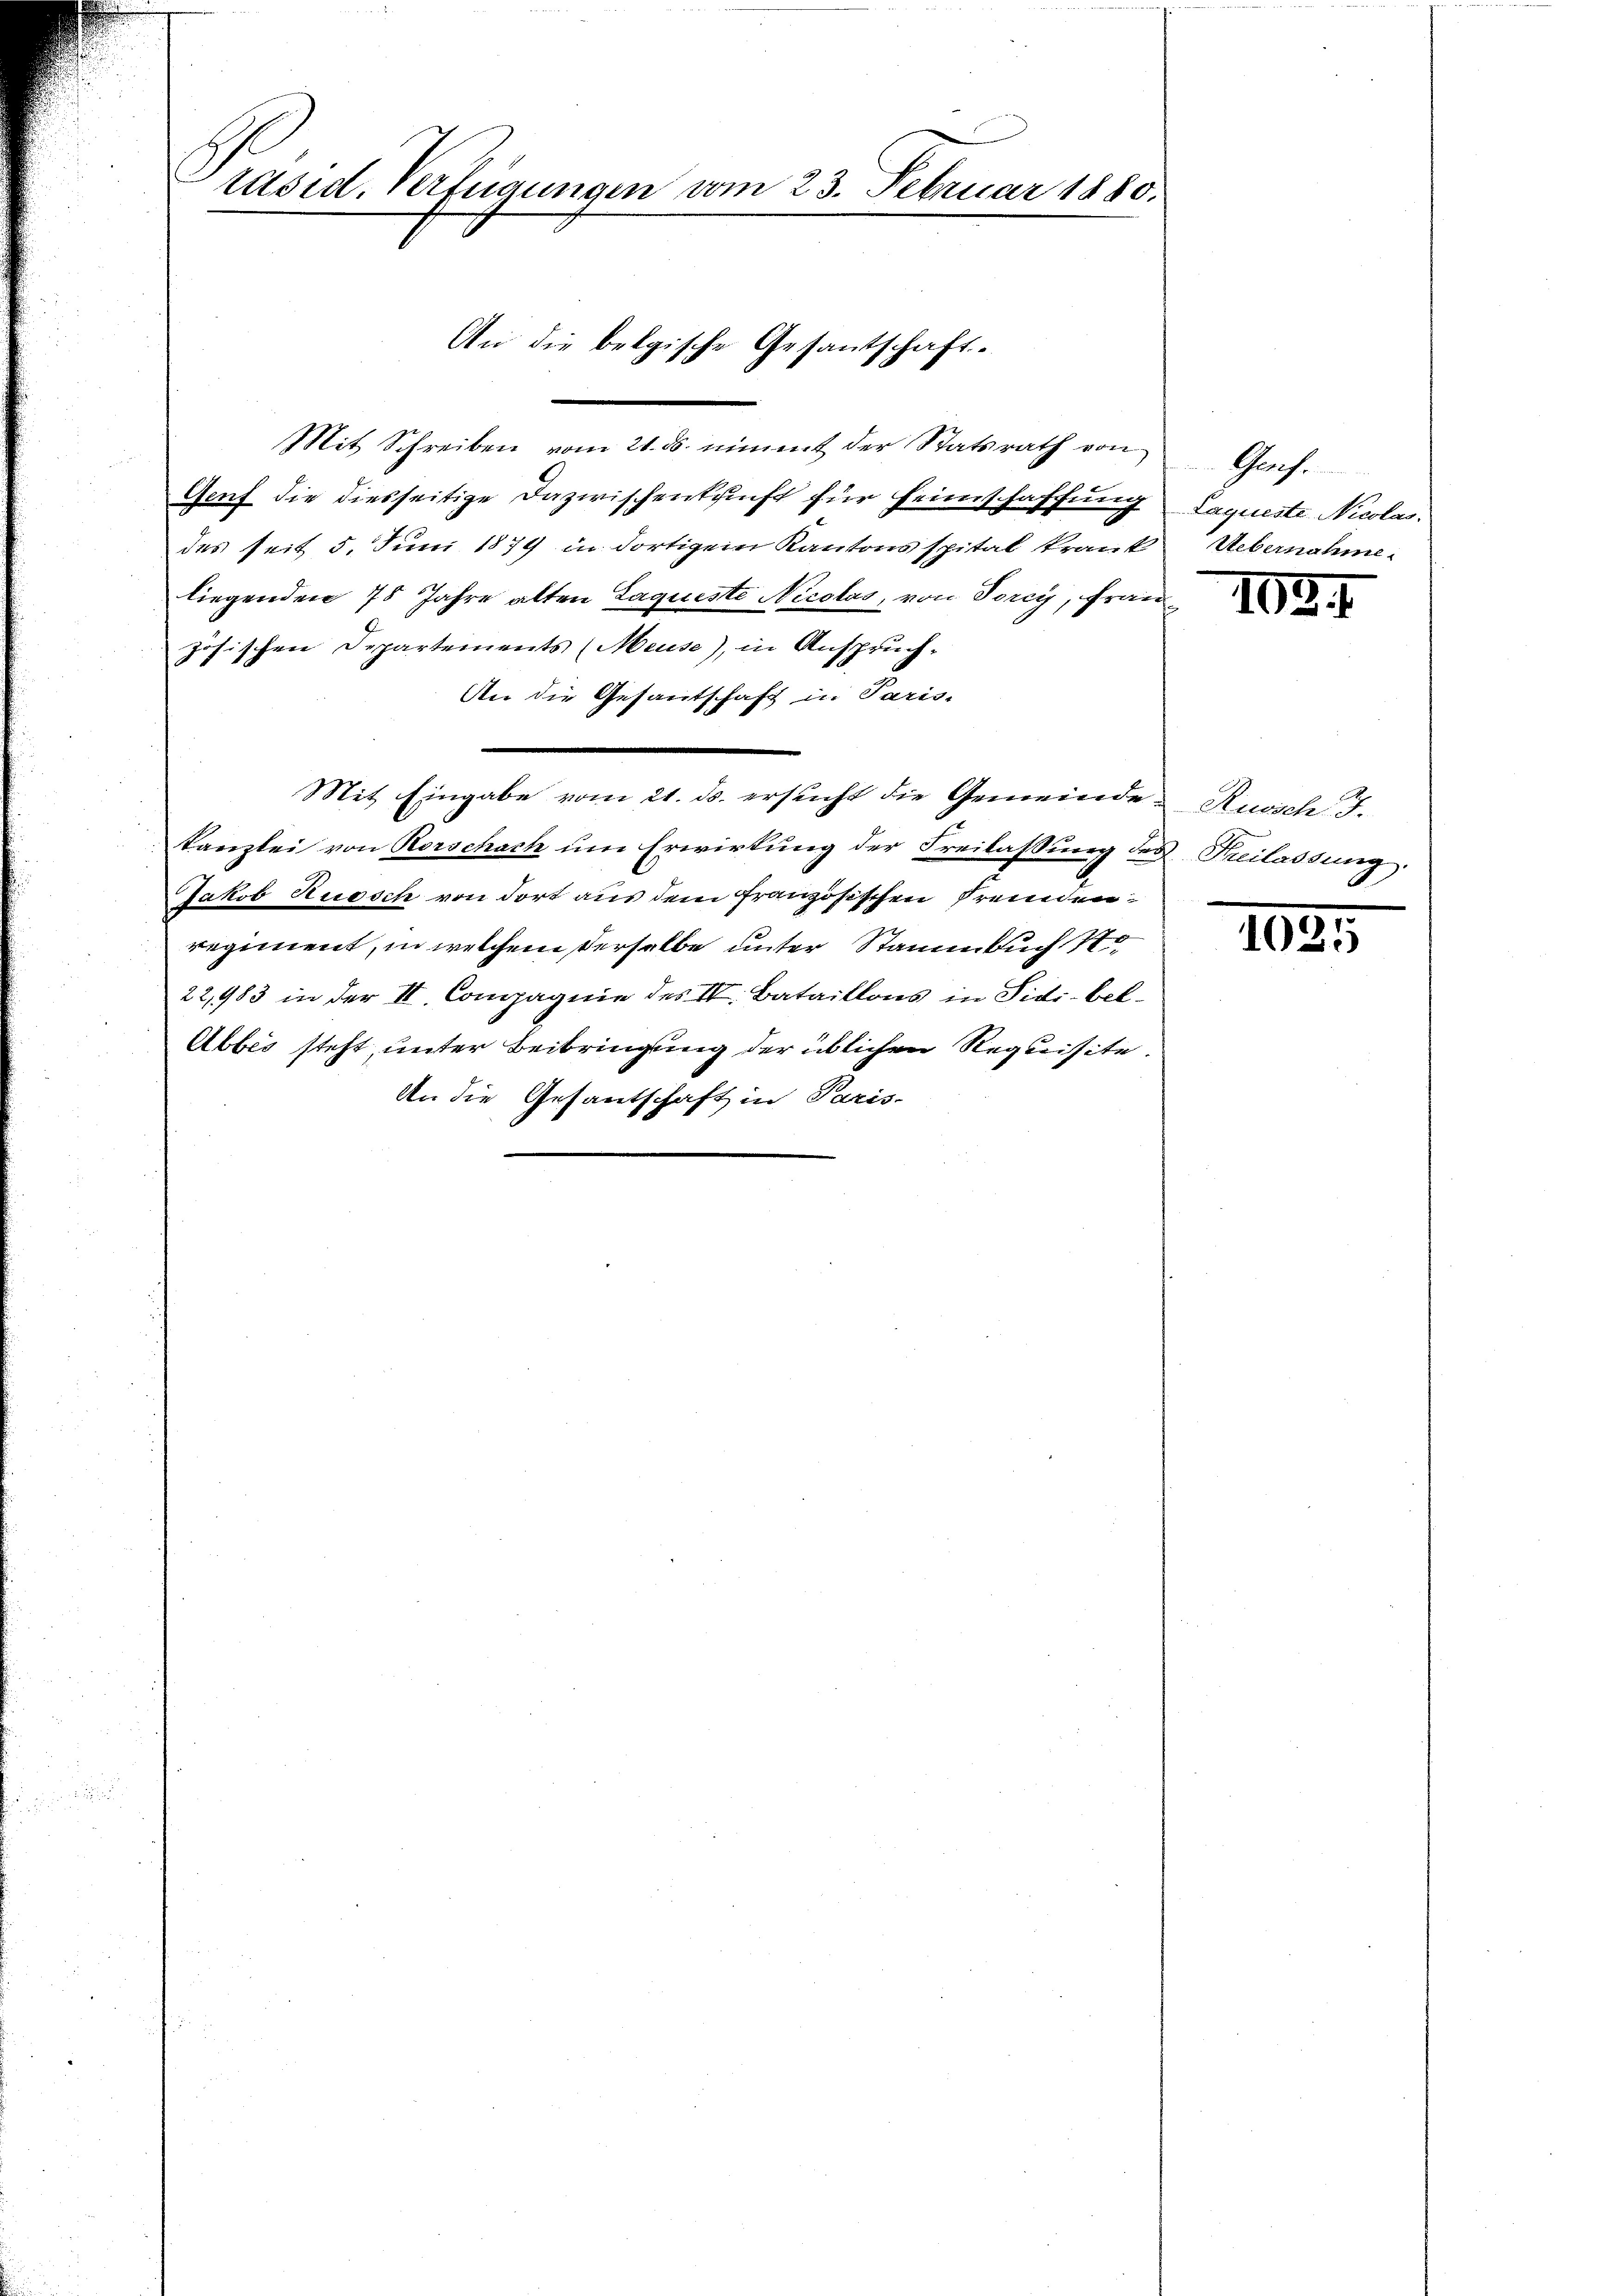
räsid. Verfügungen vom 23. Februar 1880.

An die belgische Gesantschaft.

Mit Schreiben vom 21. ds. nimmt der Statsrath von Genf.
Genf die diesseitige Dazwischenkunft für Heimschaffung
des seit 5. Juni 1879 in dortigem Kantonsspital krank
liegenden 75 Jahre alten Laqueste Nicolas, von Torcy, Frau
zösischen Departements (Meuse), in Anspruch¬
An die Gesantschaft in Paris-
Mit Eingabe vom 21. ds. ersucht die Gemeindekanzlei von Rorschach ŭm Erwirkung der Freilassŭng des Freilassung
Jakob Rüesch von dort aus dem französischen Fremden
regiment, in welchem derselbe unter Stammbuch
22,983 in der II. Compagnie des IV. Bataillons in Sidi-bel¬
Abbes steht, unter Beibringung der üblichen Requisite.
An die Gesantschaft in Paris-

Laqueste Nicolas.
Uebernahme.

1034

Ruosch I.

1025